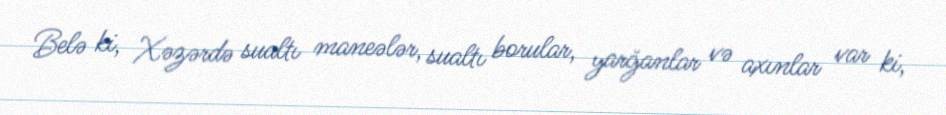
Belə ki, Xəzərdə sualtı maneələr, sualtı borular, yarğanlar və axınlar var ki,